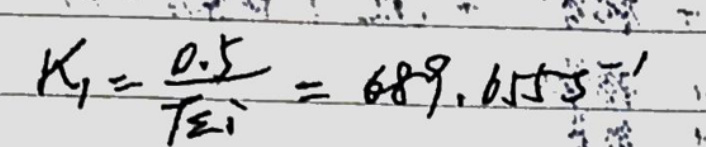
$K_{1}=\frac {0.5}{T_{E1}}=689.655s^{-1}$